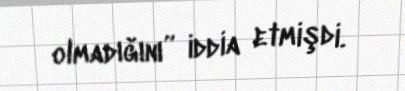
olmadığını” iddia etmişdi.